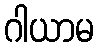
ဂါယာမ